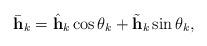
LaTeX: \begin{align*}\bar{\mathbf{h}}_k = \hat{\mathbf{h}}_k\cos\theta_k +\tilde{\mathbf{h}}_k\sin\theta_k,\end{align*}